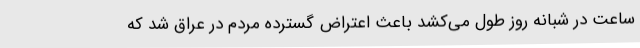
ساعت در شبانه روز طول می‌کشد باعث اعتراض گسترده مردم در عراق شد که